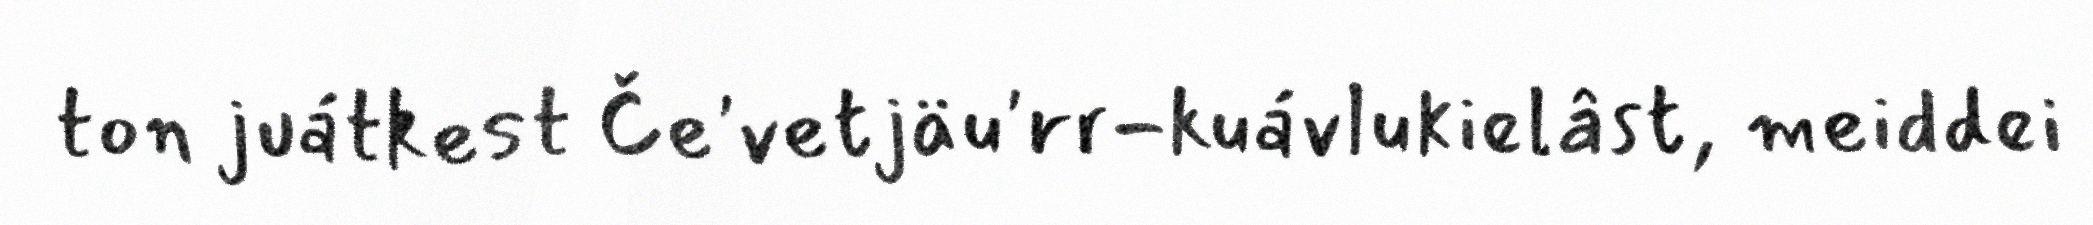
ton juátkest Če'vetjäu'rr-kuávlukielâst, meiddei